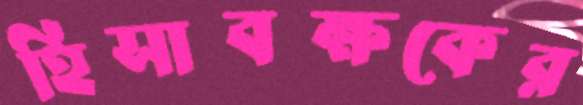
হিসাবক্ষকের